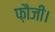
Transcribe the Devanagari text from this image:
फ़ौजी।